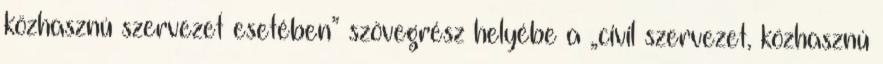
közhasznú szervezet esetében” szövegrész helyébe a „civil szervezet, közhasznú